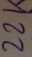
Text: 22K